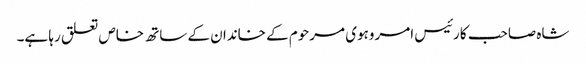
شاہ صاحب کا رئیس امروہوی مرحوم کے خاندان کے ساتھ خاص تعلق رہا ہے۔